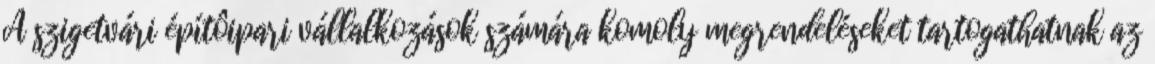
A szigetvári építôipari vállalkozások számára komoly megrendeléseket tartogathatnak az